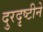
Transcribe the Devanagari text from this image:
दुरदृष्टीने